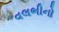
વલભીનો